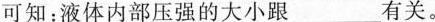
可知：液体内部压强的大小跟___有关。